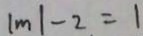
\vert m \vert - 2 = 1